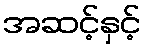
အဆင့်နှင့်